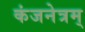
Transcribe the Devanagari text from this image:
कंजनेत्रम्‌